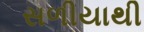
સળીયાથી